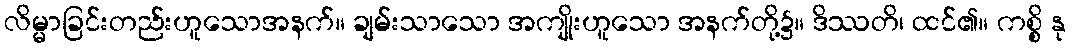
လိမ္မာခြင်းတည်းဟူသောအနက်။ ချမ်းသာသော အကျိုးဟူသော အနက်တို့၌။ ဒိဿတိ၊ ထင်၏။ ကစ္စိ နု